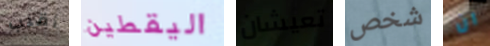
أقلب اليقطين تعيشان شخص ان